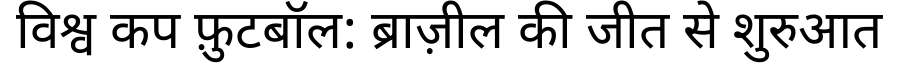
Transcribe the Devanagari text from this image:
विश्व कप फ़ुटबॉल: ब्राज़ील की जीत से शुरुआत